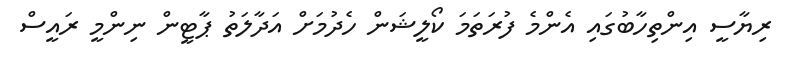
ރިޔާސީ އިންތިހާބުގައި އެންމެ ފުރަތަމަ ކޯލީޝަން ހެދުމަށް އަދާލަތު ޕާޓީން ނިންމީ ރައީސް